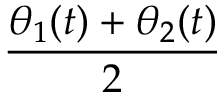
\frac { \theta _ { 1 } ( t ) + \theta _ { 2 } ( t ) } { 2 }